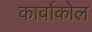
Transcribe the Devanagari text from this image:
कार्वाकोल